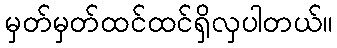
မှတ်မှတ်ထင်ထင်ရှိလှပါတယ်။